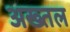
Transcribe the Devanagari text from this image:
अख्तल